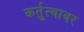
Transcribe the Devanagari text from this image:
कर्तुत्वावर